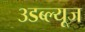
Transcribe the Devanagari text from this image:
३डब्ल्यूज